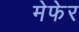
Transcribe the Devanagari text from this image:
मेफेर